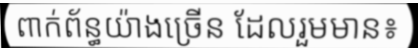
ពាក់ព័ន្ធយ៉ាងច្រើន ដែលរួមមាន៖